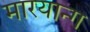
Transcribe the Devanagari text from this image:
मारयान्ग